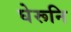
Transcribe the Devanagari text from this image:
घेरूनि